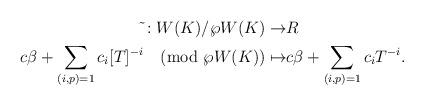
LaTeX: \begin{align*}\tilde{}: W(K)/\wp W(K) \to& R \\c\beta + \sum_{(i,p)=1} c_i [ T]^{-i} \pmod{\wp W(K)} \mapsto& c\beta + \sum_{(i,p)=1} c_i T^{-i}.\end{align*}